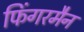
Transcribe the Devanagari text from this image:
फिंगरमैन